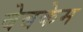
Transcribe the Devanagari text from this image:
वेबकेम